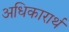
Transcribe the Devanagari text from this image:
अधिकारार्थ